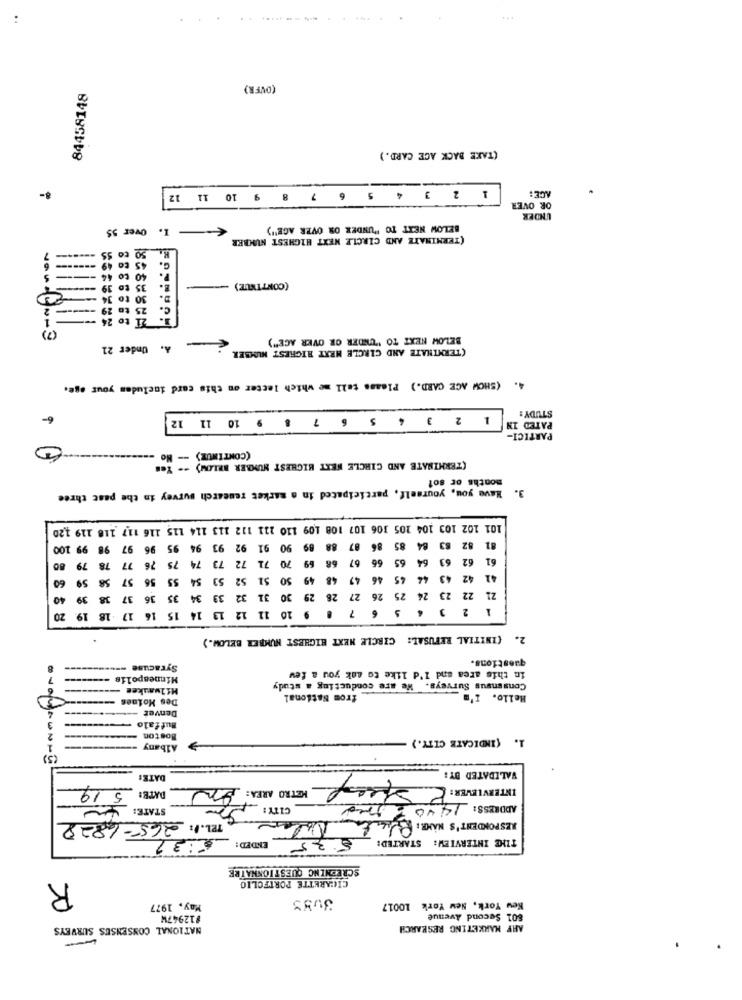
(ONFR)
84458148
(TAKE BACK ACE CARD.)
8-
1 2 3 4 5 6 7 8 9 10 11 12
ACE:
OR OVER
UNDER
€ I. Over 55
BELOW NEXT TO "UNDER OR OVER AGE")
(TERMINATE AND CIRCLE NEXT HIGHEST NUMBER
------- 6
45 to
C.
to
40
-
to
35
E.
(CONTINUE)
30 to J4
D.
------- 2
29
25 to
C.
1
--
to 2
21
(7)
BELOW NEXT TO "UNDER OR OVER ACE")
A. Under 21
(TERMINATE AND CIRCLE MEXT HIGHEST NUMBER
4.
(SHOW ACE CARD.) Please tell me which letter on this card includes your oge.
1 2 3 4 5 6 7 8 9 10 11 12
STUDY:
PATED IN
PARTICI-
(CONTINUE) -- No
(TERMINATE AND CIRCLE NEXT HIGHEST NUMBER BELOW) -- Yes
months or sot
3. Have you, yourself, participated in a market research survey in the past three
101 102 103 104 105 306 107 108 109 110 211 112 113 114 115 116 117 118 119 120
99 100
98
96 97
92 93 94 95
90 91
89
88
87
85
84
63
32
73 74
70 71
68
67
66
65
64
63
62
61
77 78 79
76
75
72
69
59
57 58
56
55
54
53
48 49 50 51 52
49
46
45
44
41 42 43
60
21
39 40
36 37 38
35
34
33
29 30 31 32
28
27
26
25
25 26
24
23
22
9 10
6
4
3
2
13 14 15 16 17 -18 19 20
12
11
7
2. (INITIAL REFUSAL: CIRCLE NEXT HIGHEST NUMBER BELOW.)
questions.
Syracuse
in this area and I'd like to ask you a few
Minneapolis --------
Milwaukee
Consensus Surveys. We are conducting a study
-
Des Moines
from National
Hello. I'm
Denver ---------
Buffalo
Boston
(INDICATE CITY.)
1.
Albany
VALIDATED BY :
DATE:
INTERVLEVER : E que
DATE: 5 19
METRO AREA: An
STATE:
CITY:
ADDRESS: 1440 grad
RESPONDENT'S NAME : Puerta Nolan
TEL./: 265-6828
5.35 ENDED: 5:31
THE INTERVIEW: STARTED:
SCREENING QUESTIONNATRE
R
CIGARETTE PORTFOLIO
May, 1977
New York, New York 10017
#12947W
801 Second Avenue
NATIONAL CONSENSUS SURVEYS
ARF MARKETING RESEARCH